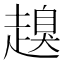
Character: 𧽒